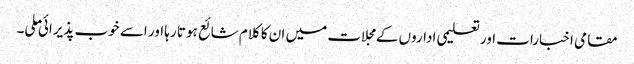
مقامی اخبارات اور تعلیمی اداروں کے مجلات میں ان کا کلام شائع ہوتا رہا اور اسے خوب پذیرائی ملی۔